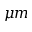
\mu m